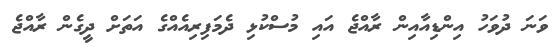
ވަނަ ދުވަހު އިންޑިއާއިން ރާއްޖެ އައި މުސްކުޅި ދެމަފިރިއެއްގެ އަތަށް ދީގެން ރާއްޖެ